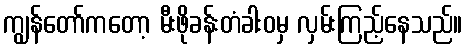
ကျွန်တော်ကတော့ မီးဖိုခန်းတံခါးဝမှ လှမ်းကြည့်နေသည်။